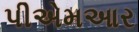
પીએમઆર